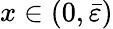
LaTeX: x\in(0,\bar{\varepsilon})